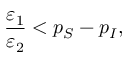
\frac { \varepsilon _ { 1 } } { \varepsilon _ { 2 } } < p _ { S } - p _ { I } ,